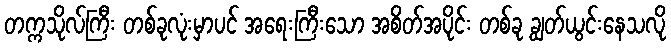
တက္ကသိုလ်ကြီး တစ်ခုလုံးမှာပင် အရေးကြီးသော အစိတ်အပိုင်း တစ်ခု ချွတ်ယွင်းနေသလို